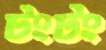
টংটং